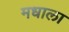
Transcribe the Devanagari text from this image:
मधाला